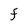
Character: F